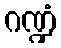
ဂဏ္ဍံ